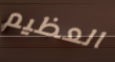
العظيم